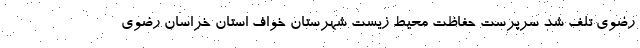
رضوی تلف شد سرپرست حفاظت محیط زیست شهرستان خواف استان خراسان رضوی